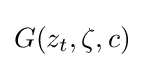
G(z_{t},\zeta ,c)